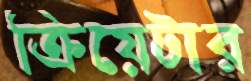
ক্রিয়েটার